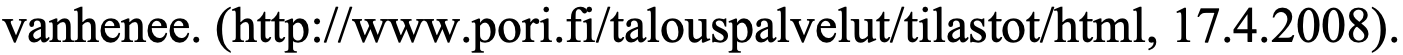
vanhenee. (http://www.pori.fi/talouspalvelut/tilastot/html, 17.4.2008).